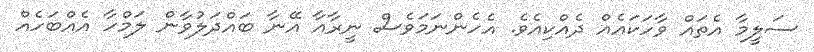
ސަލީމާ އެތައް ވާހަކައެއް ދެއްކިއެވެ. އެހެންނަމަވެސް ނީރާއާ އޭނާ ބައްދަލުވާން ލަމްހާ އެއްބަހެއް